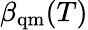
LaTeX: \beta_{\mathrm{qm}}(T)